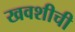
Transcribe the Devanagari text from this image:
खवशीची